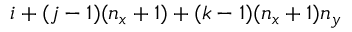
i + ( j - 1 ) ( n _ { x } + 1 ) + ( k - 1 ) ( n _ { x } + 1 ) n _ { y }